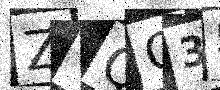
Text: ZUQC35